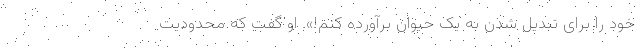
خود را برای تبدیل شدن به یک حیوان برآورده کنم!». او گفت که محدودیت